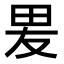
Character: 𭺿